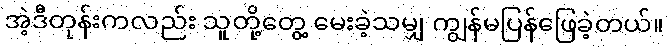
အဲ့ဒီတုန်းကလည်း သူတို့တွေ့ မေးခဲ့သမျှ ကျွန်မပြန်ဖြေခဲ့တယ်။